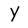
Character: Y